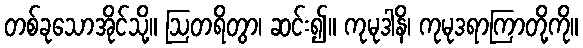
တစ်ခုသောအိုင်သို့။ ဩတရိတွာ၊ ဆင်း၍။ ကုမုဒါနိ၊ ကုမုဒရာကြာတို့ကို။